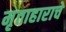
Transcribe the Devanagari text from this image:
मृताहाराचे